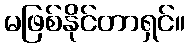
မဖြစ်နိုင်တာရှင်။